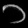
Digit: ၁